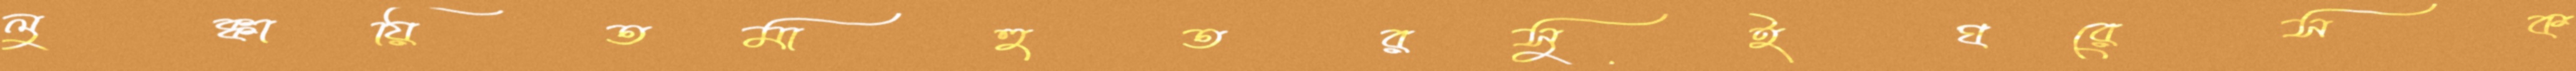
লুক্কায়িতমাহুতরসুইঘরেসক